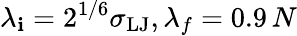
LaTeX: \lambda_{\mathbf{i}}=2^{1/6}\sigma_{\mathrm{{LJ}}},\lambda_{f}=0.9\, N